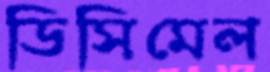
ডিসিমেল